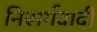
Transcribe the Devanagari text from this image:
निसर्गवादी